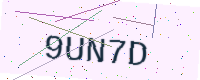
Text: 9UN7D